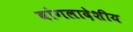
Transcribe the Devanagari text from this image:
बांगलादेशीय